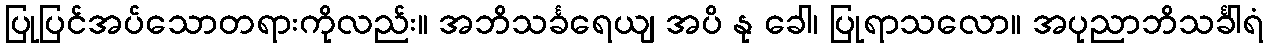
ပြုပြင်အပ်သောတရားကိုလည်း။ အဘိသင်္ခရေယျ အပိ နု ခေါ၊ ပြုရာသလော။ အပုညာဘိသင်္ခါရံ